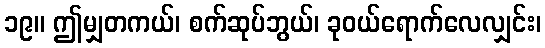
၁၉။ ဤမျှတကယ်၊ စက်ဆုပ်ဘွယ်၊ ခုဝယ်ရောက်လေလျှင်း၊